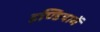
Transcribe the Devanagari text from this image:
इण्डियामें